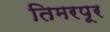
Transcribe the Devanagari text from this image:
तिमरपूर